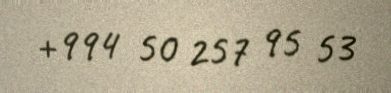
+994 50 257 95 53